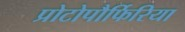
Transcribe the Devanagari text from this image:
प्रोटोपौर्फिरिया